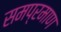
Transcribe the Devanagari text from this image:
समप्रमाण